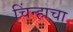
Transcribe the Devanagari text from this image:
चिंन्हाचा